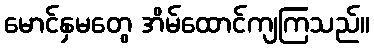
မောင်နှမတွေ အိမ်ထောင်ကျကြသည်။